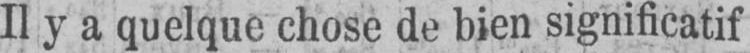
Il y a quelque chose de bien significatif